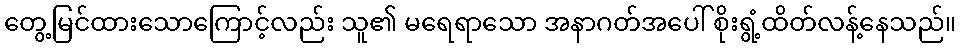
တွေ့မြင်ထားသောကြောင့်လည်း သူ၏ မရေရာသော အနာဂတ်အပေါ် စိုးရွံ့ထိတ်လန့်နေသည်။